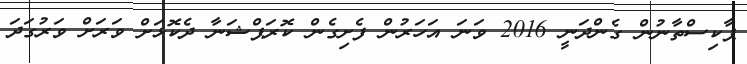
ޕާކިސްތާނުން ގެންދަނީ 2016 ވަނަ އަހަރުން ފެށިގެން ކޮރަޕްޝަނާ ދެކޮޅަށް ވަރަށް ވަރުގަދަ